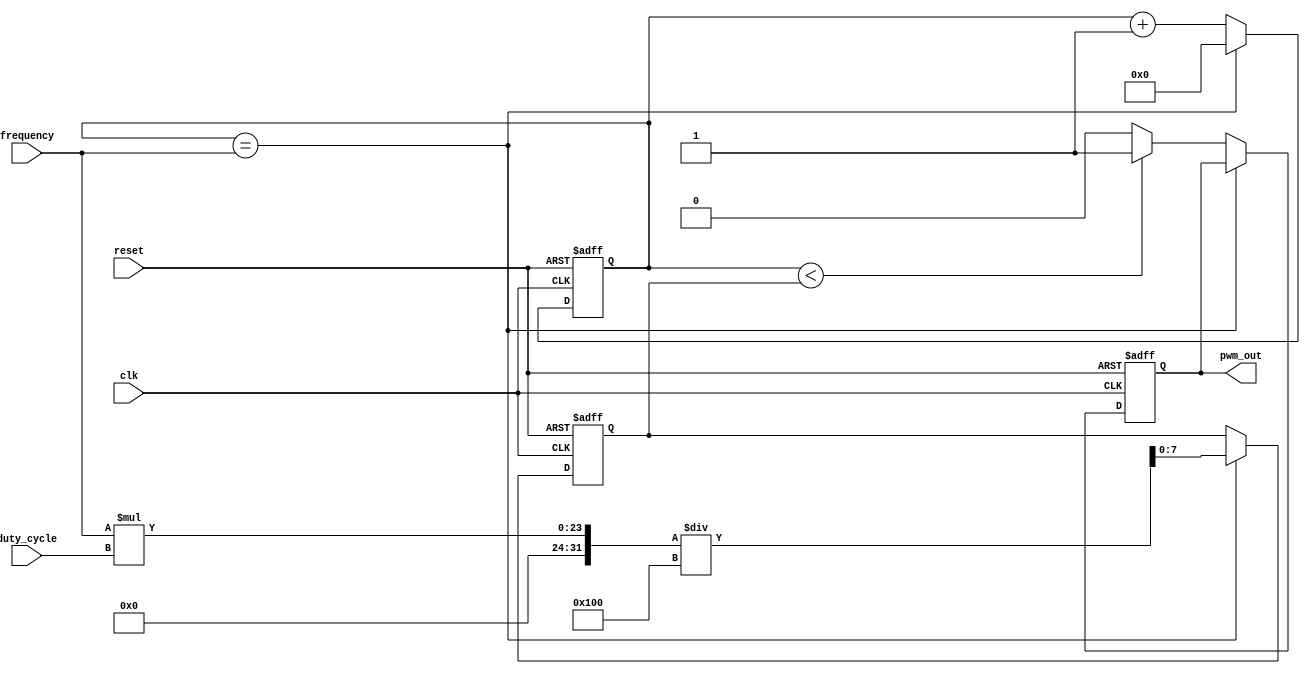
module pwm_generator (
   input wire clk,         // Clock signal
   input wire reset,       // Reset signal
   input wire [15:0] frequency,   // PWM signal frequency
   input wire [7:0] duty_cycle,   // PWM signal duty cycle
   output reg pwm_out       // PWM output signal
);

reg [15:0] counter = 0;    // Counter for tracking the PWM period
reg [7:0] threshold = 0;   // Threshold value for duty cycle comparison

always @(posedge clk or posedge reset) begin
   if (reset) begin
      counter <= 0;
      threshold <= 0;
      pwm_out <= 0;
   end else begin
      if (counter == frequency) begin
         counter <= 0;
         threshold <= frequency * duty_cycle / 256;
      end else begin
         counter <= counter + 1;
         if (counter < threshold) begin
            pwm_out <= 1;
         end else begin
            pwm_out <= 0;
         end
      end
   end
end

endmodule